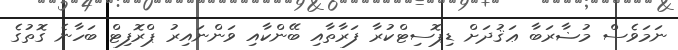
ނަމަވެސް މުޟާރަބާ ޢަޤުދަށް ޑިޕޮސިޓްކުރާ ފަރާތާއި ބޭންކާއި ވަންނައިރު ޕްރޮފިޓް ބަހާނެ ގޮތުގެ